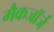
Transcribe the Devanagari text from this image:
मैकजॉर्ज